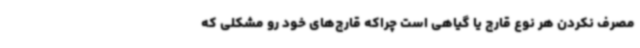
مصرف نکردن هر نوع قارچ یا گیاهی است چراکه قارچ‌های خود رو مشکلی که